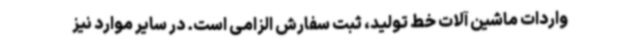
واردات ماشین آلات خط تولید، ثبت سفارش الزامی است. در سایر موارد نیز